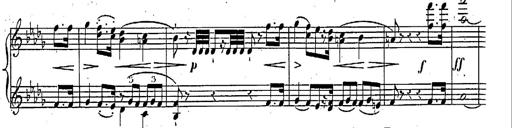
Title: Marche et Cavatine de Lucie de Lammermoor, S.398
Composer: Franz Liszt